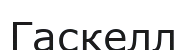
Гаскелл